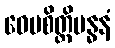
ဝေပစိတ္တိဗန္ဓနံ